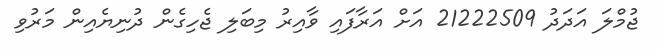
ޖުމްލަ އަދަދު 21222509 އަށް އަރާފައި ވާއިރު މިބަލި ޖެހިގެން ދުނިޔެއިން މަރުވި